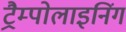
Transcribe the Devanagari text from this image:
ट्रैम्पोलाइनिंग